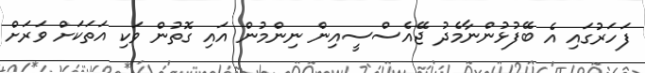
ފަހަރުގައި އެ ބޭފުޅުންނާމެދު ޖޭއެސްސީއިން ނިންމުން އައި ގޮތުން ވަކި އަތަކަށް ވަރަށް